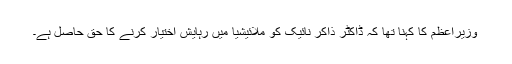
وزیراعظم کا کہنا تھا کہ ڈاکٹر ذاکر نائیک کو ملائیشیا میں رہایش اختیار کرنے کا حق حاصل ہے۔